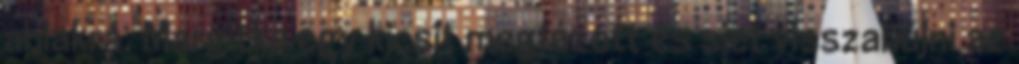
ablakra. Margitka egy kicsit megfázott és siet visszabújni az